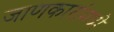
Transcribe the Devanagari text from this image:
जाणकारांमध्ये